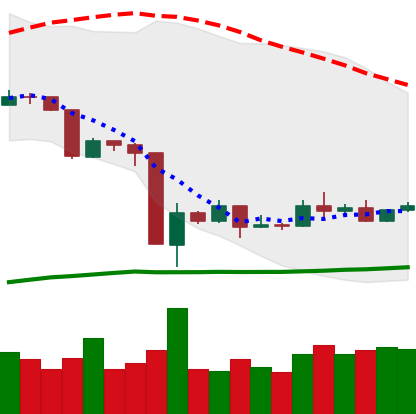
Ticker: ETC-USD
Chart end date: 2020-03-24
Forward return: -4.385%
Label: down_3_5